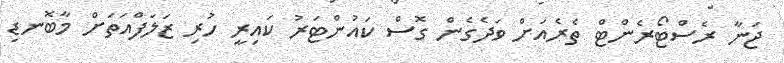
ޖަނާ ރެސްޓޯރެންޓް ތެރެއަށް ވަދެގެން ގޮސް ކައުންޓަރު ކައިރީ ހުރި ޒަލަފްއަތަށް މާބޮނޑި